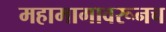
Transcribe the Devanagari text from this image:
महामागावरूनच